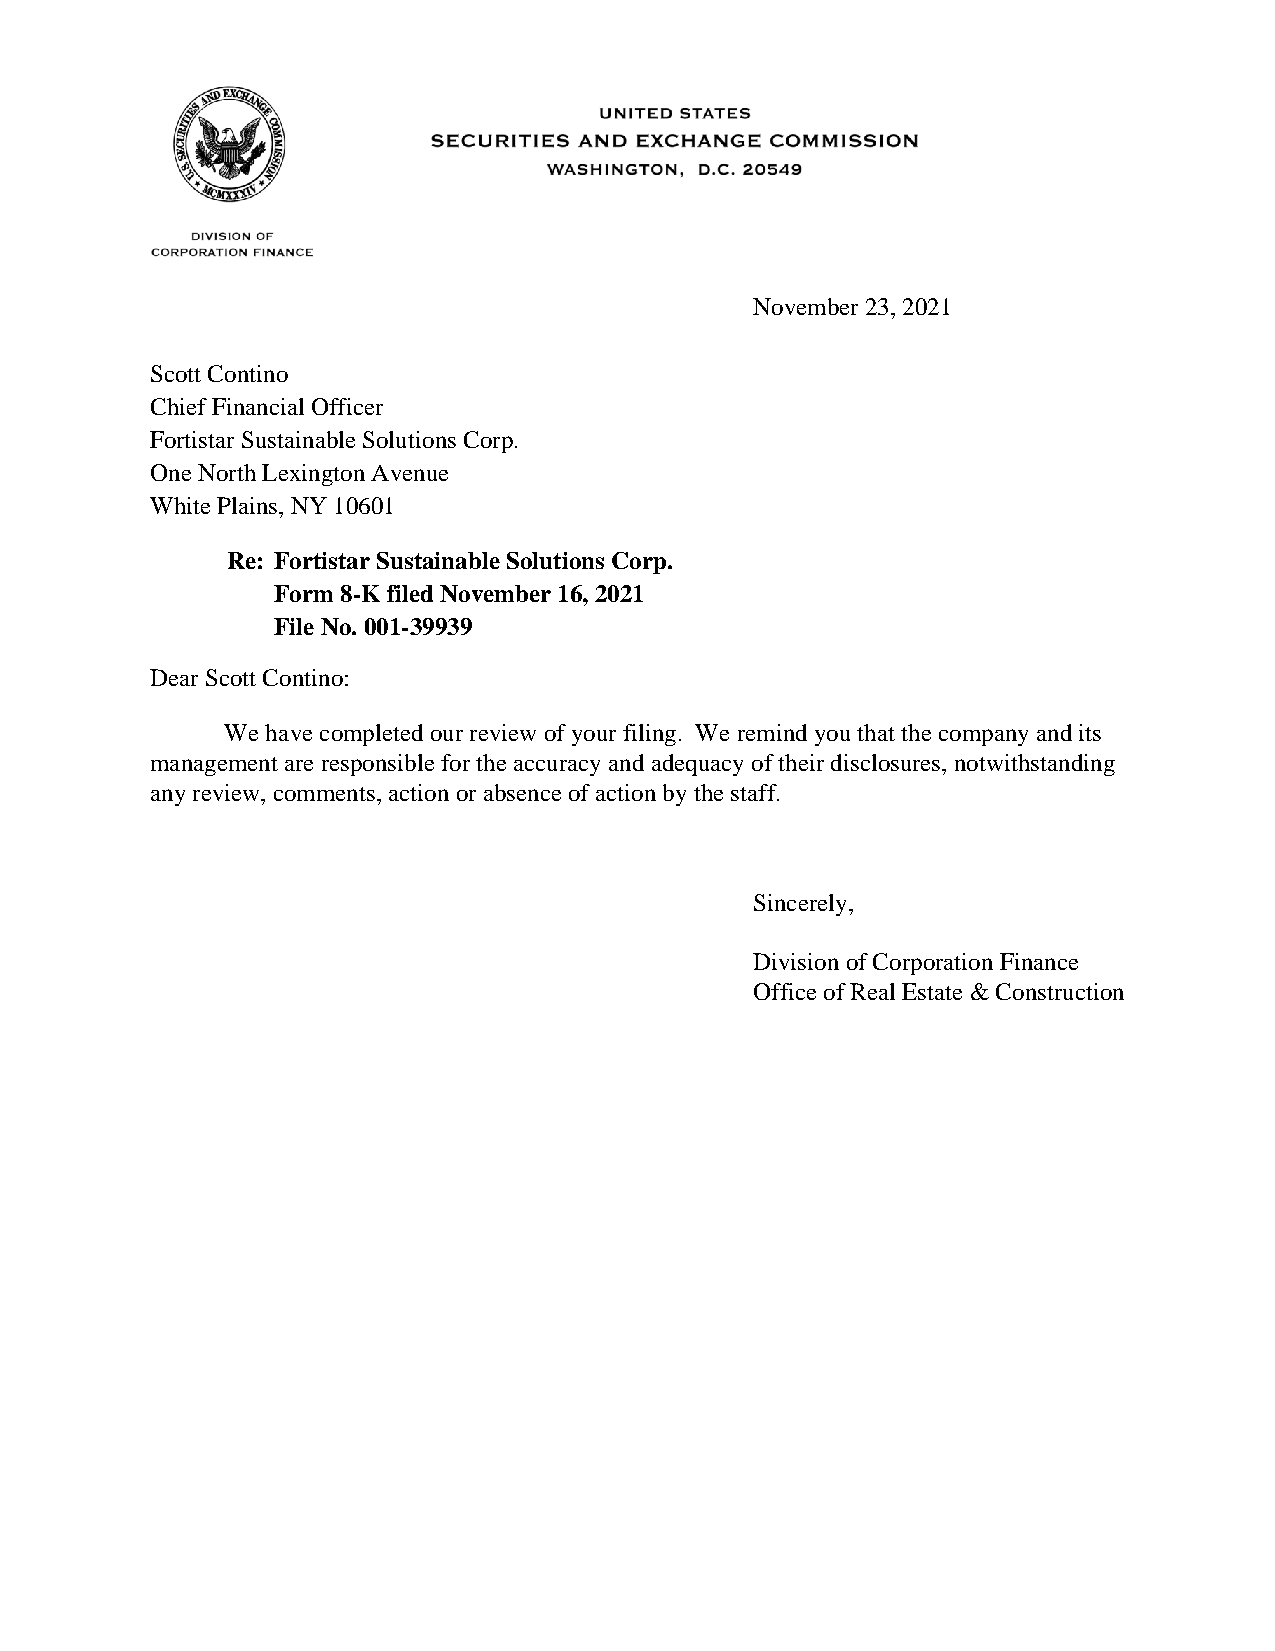
United States securities and exchange commission logo
 November 23, 2021
 Scott Contino
 Chief Financial Officer
 Fortistar Sustainable Solutions Corp.
 One North Lexington Avenue
 White Plains, NY 10601
 Re: Fortistar Sustainable Solutions Corp.
 Form 8-K filed November 16, 2021
 File No. 001-39939
 Dear Scott Contino:
 We have completed our review of your filing. We remind you that the company and its
 management are responsible for the accuracy and adequacy of their disclosures, notwithstanding
 any review, comments, action or absence of action by the staff.
 Sincerely,
 Division of Corporation Finance
 Office of Real Estate & Construction